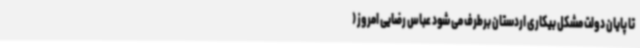
تا پایان دولت مشکل بیکاری اردستان برطرف می شود عباس رضایی امروز (